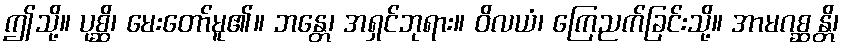
ဤသို့။ ပုစ္ဆိ၊ မေးတော်မူ၏။ ဘန္တေ၊ အရှင်ဘုရား။ ဝိလယံ၊ ကြေညက်ခြင်းသို့။ အာမဂစ္ဆန္တိ၊